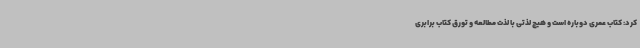
کرد: کتاب عمری دوباره است و هیچ لذتی با لذت مطالعه و تورق کتاب برابری